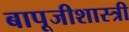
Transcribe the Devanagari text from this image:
बापूजीशास्त्री